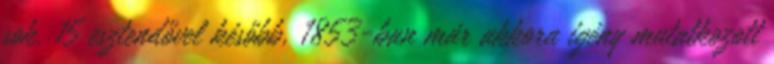
sok. 15 esztendővel később, 1853-ban már akkora igény mutatkozott